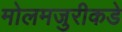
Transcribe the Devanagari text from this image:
मोलमजुरीकडे